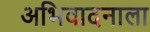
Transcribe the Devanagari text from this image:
अभिवादनाला